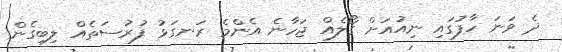
ދެ ވަނަ ހާފުގައި ނިއުއަށް ގޯލެއް ޖަހާނެ އެންމެ ރަނގަޅު ފުރުސަތެއް ލިބިގެން